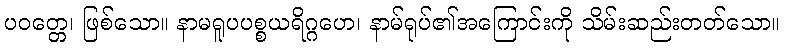
ပဝတ္တေ၊ ဖြစ်သော။ နာမရူပပစ္စယရိဂ္ဂဟေ၊ နာမ်ရုပ်၏အကြောင်းကို သိမ်းဆည်းတတ်သော။